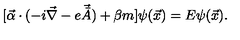
[ \vec { \alpha } \cdot ( - i \vec { \nabla } - e \vec { \bar { A } } ) + \beta m ] \psi ( \vec { x } ) = E \psi ( \vec { x } ) .